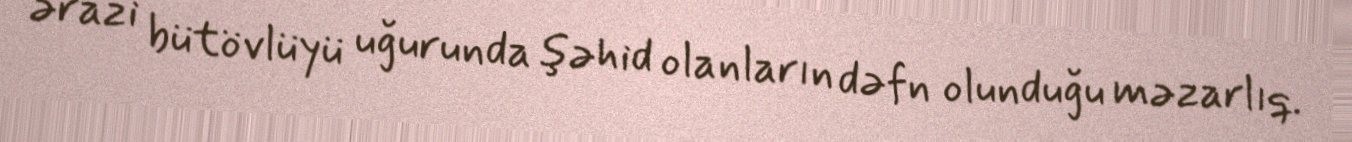
ərazi bütövlüyü uğurunda şəhid olanların dəfn olunduğu məzarlıq.